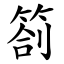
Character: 箚